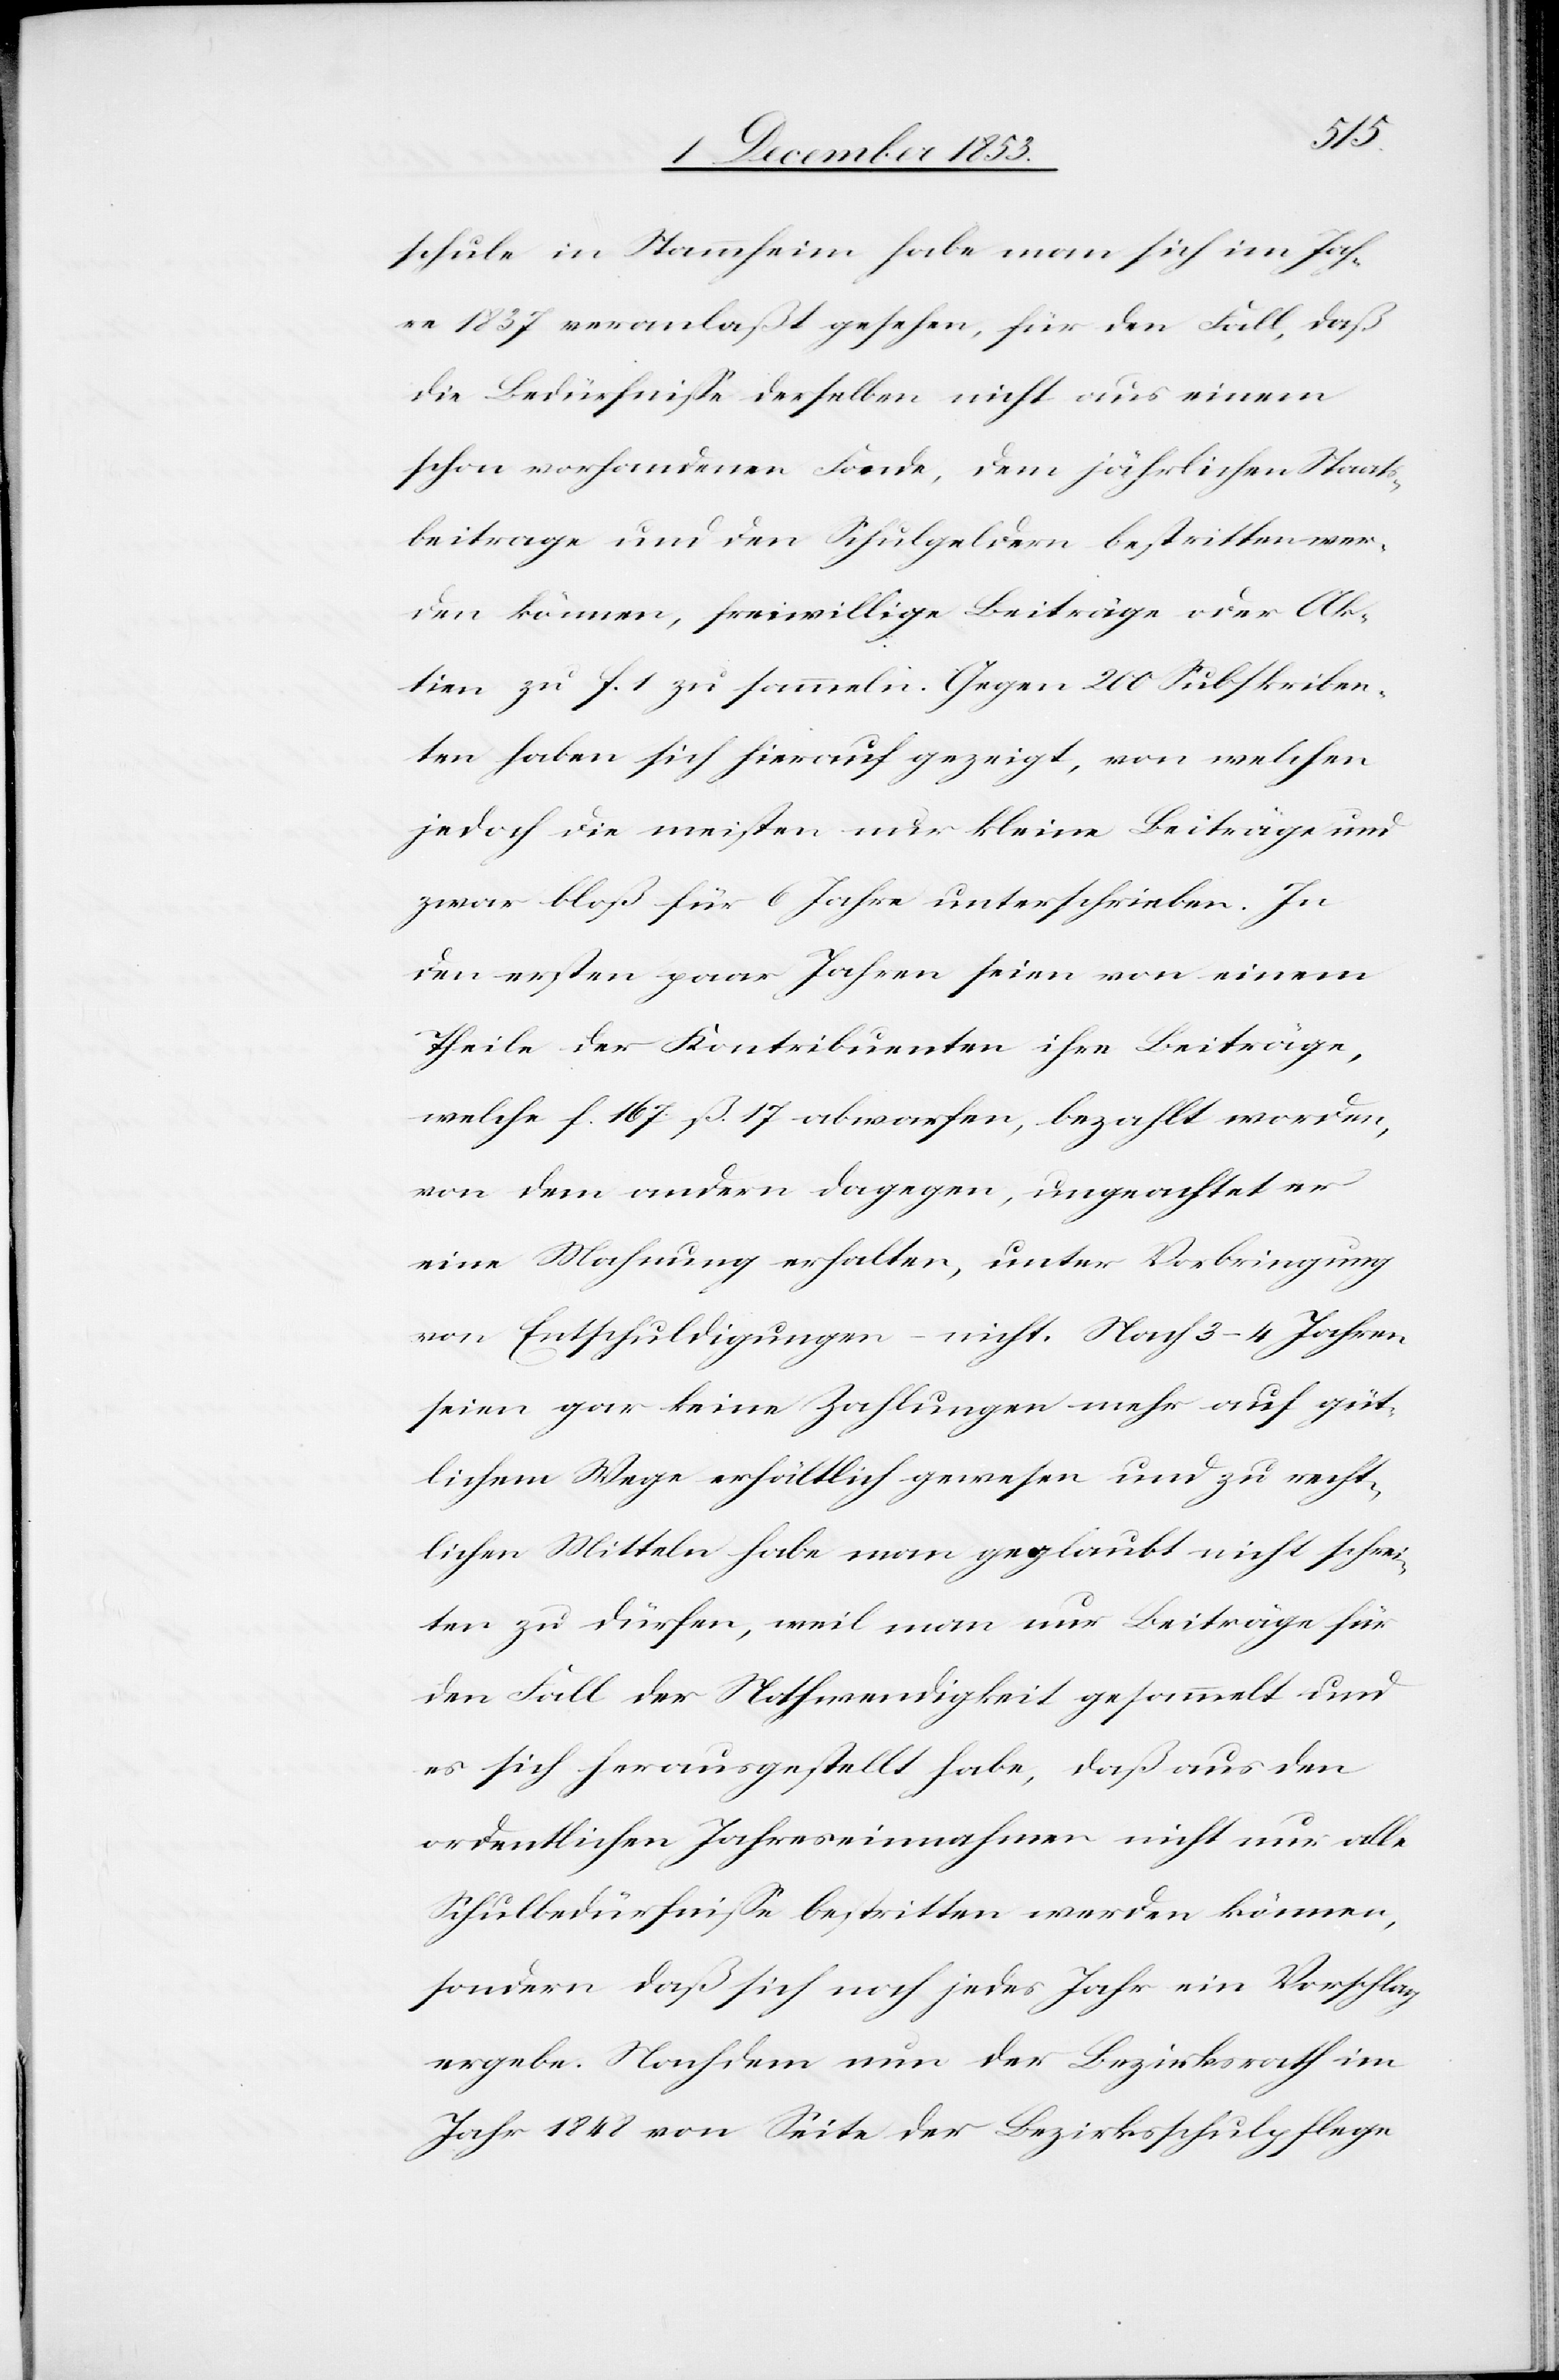
schule in Stammheim habe man sich im Jah¬
re 1837 veranlaßt gesehen, für den Fall, daß
die Bedürfniße derselben nicht aus einem
schon vorhandenen Fonde, dem jährlichen Staats¬
beitrage und den Schulgeldern bestritten wer¬
den können, freiwillige Beiträge oder Ak¬
tiven zu f. 1 zu sammeln. Gegen 200 Subskriben¬
ten haben sich hierauf gezeigt, von welchen
jedoch die meisten nur kleine Beiträge und
zwar bloß für 6 Jahre unterschrieben. In
den ersten paar Jahren seien von einem
Theile der Kontribuenten ihre Beiträge,
welche f. 167 ß 17 abwarfen, bezahlt worden,
von dem andern dagegen, ungeachtet er
eine Mahnung erhalten, unter Vorbringung
von Entschuldigungen nicht. Nach 3–4 Jahren
seien gar keine Zahlungen mehr auf güt¬
lichem Wege erhältlich gewesen und zu recht¬
lichen Mitteln habe man geglaubt nicht schrei¬
ten zu dürfen, weil man nur Beiträge für
den Fall der Nothwendigkeit gesammelt und
es sich herausgestellt habe, daß aus den
ordentlichen Jahreseinnahmen nicht nur alle
Schuldbedürfniße bestritten werden können,
sondern daß sich noch jedes Jahr ein Vorschlag
ergebe. Nachdem nun der Bezirksrath im
Jahr 1848 von Seite der Bezirksschulpflege